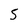
Character: 5